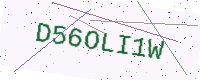
Text: D56OLI1W